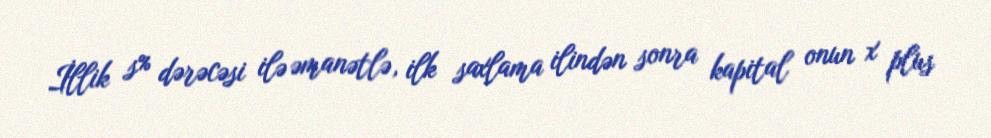
İllik s% dərəcəsi ilə əmanətlə, ilk saxlama ilindən sonra kapital onun x plus